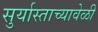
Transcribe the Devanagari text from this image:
सुर्यास्ताच्यावेळी